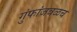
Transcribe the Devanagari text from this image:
गुंफांजवळच